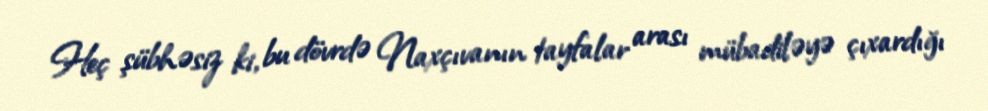
Heç şübhəsiz ki, bu dövrdə Naxçıvanın tayfalar arası mübadiləyə çıxardığı